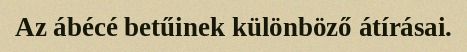
Az ábécé betűinek különböző átírásai.